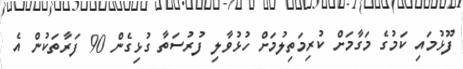
ފޫޅުމައި ކަމުގެ މަގާމަށް ކުރިމަތިލުމަށް ހުޅުވާލި ފުރުސަތާ ގުޅިގެން 90 ފަރާތަކުން އެ